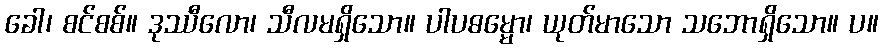
ခေါ၊ စင်စစ်။ ဒုဿီလော၊ သီလမရှိသော။ ပါပဓမ္မော၊ ယုတ်မာသော သဘောရှိသော။ ပ။